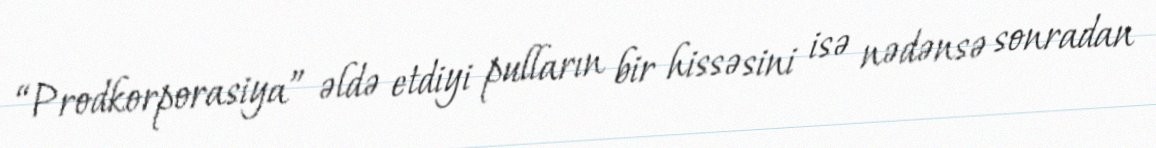
“Prodkorporasiya” əldə etdiyi pulların bir hissəsini isə nədənsə sonradan